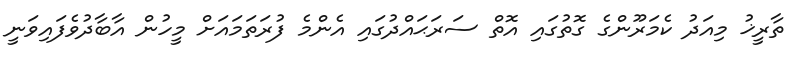
ތާރީޚު މިއަދު ކެމަރޫންގެ ގޮތުގައި އޮތް ސަރަޙައްދުގައި އެންމެ ފުރަތަމައަށް މީހުން އާބާދުވެފައިވަނީ